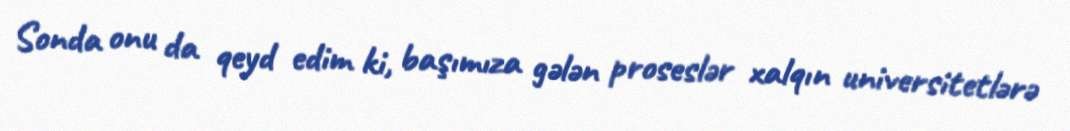
Sonda onu da qeyd edim ki, başımıza gələn proseslər xalqın universitetlərə